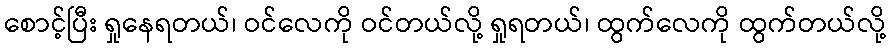
စောင့်ပြီး ရှုနေရတယ်၊ ဝင်လေကို ဝင်တယ်လို့ ရှုရတယ်၊ ထွက်လေကို ထွက်တယ်လို့